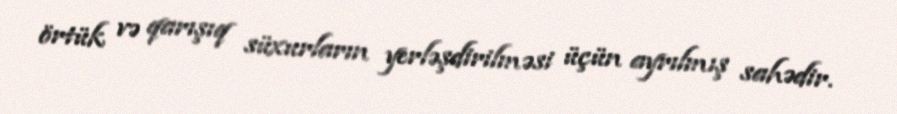
örtük və qarışıq süxurların yerləşdirilməsi üçün ayrılmış sahədir.